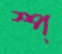
স্প্